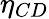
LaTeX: \eta_{CD}